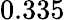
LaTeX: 0.335